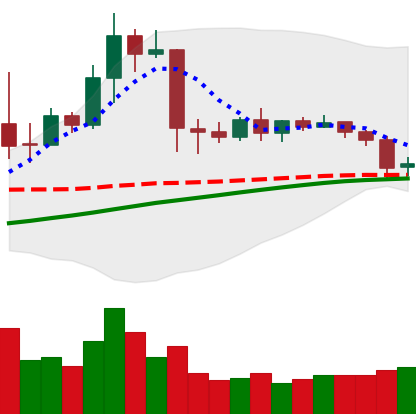
Ticker: TRX-USD
Chart end date: 2019-04-22
Forward return: -6.003%
Label: down_5_7